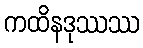
ကထိနဒုဿဿ